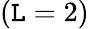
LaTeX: (\mathtt{L}=2)